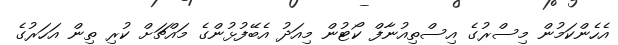
އެހެންކަމުން މިސްރުގެ އިސްތިއުނާފް ކޯޓުން މިއަދު އެބޭފުޅުންގެ މައްޗަށް ކުރި ތިން އަހަރުގެ